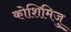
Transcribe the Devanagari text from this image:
कोशिमिजु